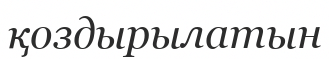
қоздырылатын